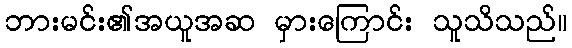
ဘားမင်း၏အယူအဆ မှားကြောင်း သူသိသည်။